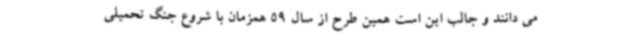
می دانند و جالب این است همین طرح از سال 59 همزمان با شروع جنگ تحمیلی